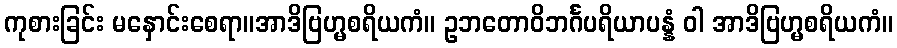
ကုစားခြင်း မနှောင်းစေရာ။အာဒိဗြဟ္မစရိယကံ။ ဥဘတောဝိဘင်္ဂပရိယာပန္နံ ဝါ အာဒိဗြဟ္မစရိယကံ။